Annual administration report of the Civil Veterinary Department of India - 1896-1897
Year: 1896
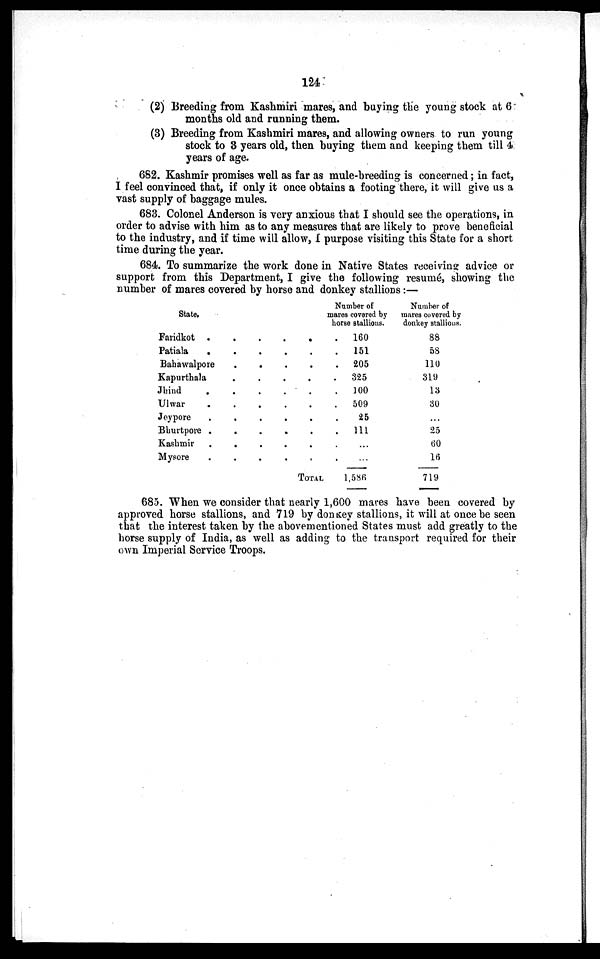
124
(2) Breeding from Kashmiri mares, and buying the young stock at 6
months old and running them.
(3) Breeding from Kashmiri mares, and allowing owners to run young
stock to 3 years old, then buying them and keeping them till 4
years of age.
682. Kashmir promises well as far as mule-breeding is concerned; in fact,
I feel convinced that, if only it once obtains a footing there, it will give us a
vast supply of baggage mules.
683. Colonel Anderson is very anxious that I should see the operations, in
order to advise with him as to any measures that are likely to prove beneficial
to the industry, and if time will allow, I purpose visiting this State for a short
time during the year.
684. To summarize the work done in Native States receiving advice or
support from this Department, I give the following resumé, showing the
number of mares covered by horse and donkey stallions :—
State.
Faridkot . . .
Patiala . . .
Bahawalpore . .
Kapurthala . .
Jhind
. . .
Ulwar . . .
Jeypore . . .
Bhurtpore .
. .
Kashmir
.
.
Mysore . . .
. .
.
.
.
.
. .
.
.
.
.
. .
.
.
.
.
. .
TOTAL
Number of
mares covered by
horse stallions.
.
160
.
151
.
205
.
325
.
100
.
509
. 25
. 111
. ...
. ...
1,586
Number of
mares covered by
donkey stallious.
88
58
110
319
13
30
...
25
60
16
719
685. When we consider that nearly 1,600 mares have been covered by
approved horse stallions, and 719 by donkey stallions, it will at once be seen
that the interest taken by the abovementioned States must add greatly to the
horse supply of India, as well as adding to the transport required for their
own Imperial Service Troops.